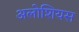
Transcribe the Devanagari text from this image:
अलोशियस